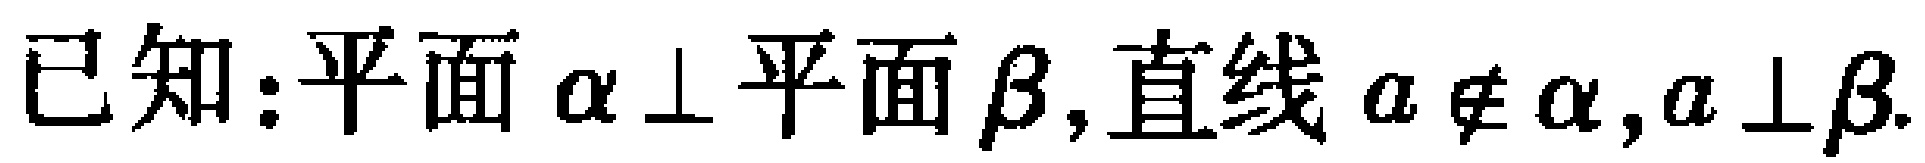
已知：平面$\alpha\perp$平面$\beta$,直线$a\not\subset\alpha,a\perp\beta$.